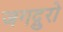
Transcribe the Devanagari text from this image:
जगद्गुरो